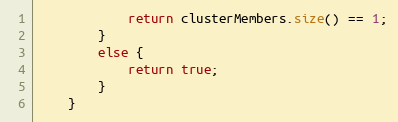
Language: Java
			return clusterMembers.size() == 1;
		}
		else {
			return true;
		}
	}